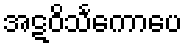
အဋဝိသင်္ကောပေ